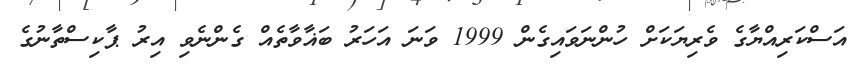
އަސްކަރިއްޔާގެ ވެރިޔަކަށް ހުންނަވައިގެން 1999 ވަނަ އަހަރު ބަޣާވާތެއް ގެންނެވި އިރު ޕާކިސްތާނުގެ